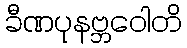
ခီဏပုနဗ္ဘဝေါတိ